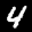
Label: 4